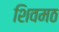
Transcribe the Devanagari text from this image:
शिवमठ